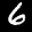
Label: 6